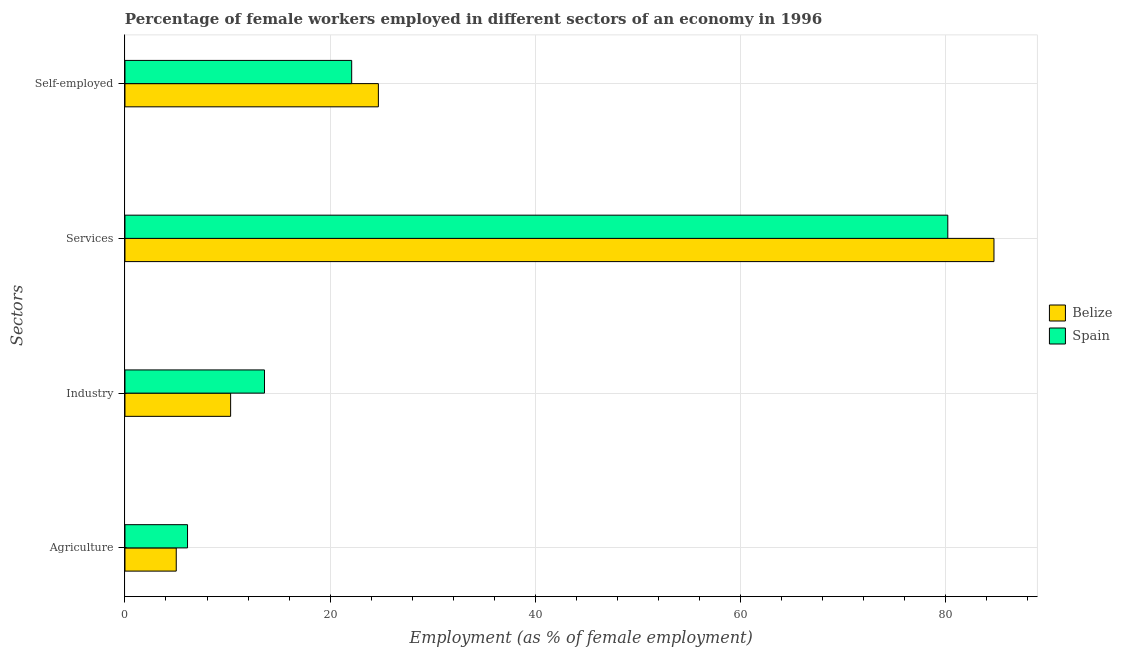
| Sectors | Belize | Spain |
 | --- | --- | --- |
 | Agriculture | 5 | 6.1 |
 | Industry | 10.3 | 13.6 |
 | Services | 84.7 | 80.2 |
 | Self-employed | 24.7 | 22.1 |